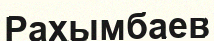
Рахымбаев